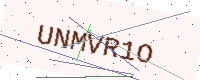
Text: UNMVR1O